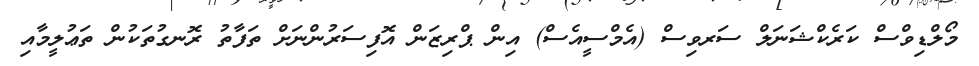
މޯލްޑިވްސް ކަރެކްޝަނަލް ސަރވިސް (އެމްސީއެސް) އިން ޕްރިޒަން އޮފިސަރުންނަށް ތަފާތު ރޮނގުތަކުން ތަޢުލީމާއި